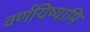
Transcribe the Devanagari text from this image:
वर्णयिष्यामि